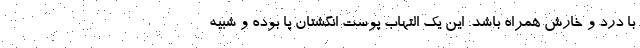
با درد و خارش همراه باشد. این یک التهاب پوست انگشتان پا بوده و شبیه